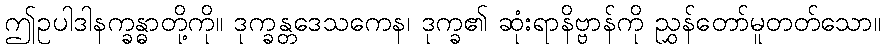
ဤဥပါဒါနက္ခန္ဓာတို့ကို။ ဒုက္ခန္တဒေသကေန၊ ဒုက္ခ၏ ဆုံးရာနိဗ္ဗာန်ကို ညွှန်တော်မူတတ်သော။